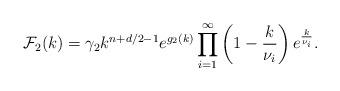
LaTeX: \begin{align*}{\cal F}_{2}(k)=\gamma_{2}k^{n+d/2-1}e^{g_{2}(k)}\prod_{i=1}^{\infty}\left(1-{k\over \nu_{i}}\right)e^{k \over \nu_{i}}.\end{align*}